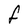
Character: F